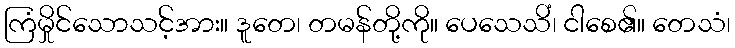
ကြံမှိုင်သောသင့်အား။ ဒူတေ၊ တမန်တို့ကို။ ပေသေသိံ၊ ငါစေ၏။ တေသံ၊